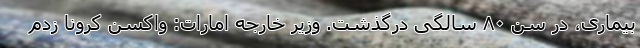
بیماری، در سن ۸۰ سالگی درگذشت. وزیر خارجه امارات: واکسن کرونا زدم